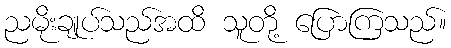
ညမိုးချုပ်သည်အထိ သူတို့ ပြောကြသည်။